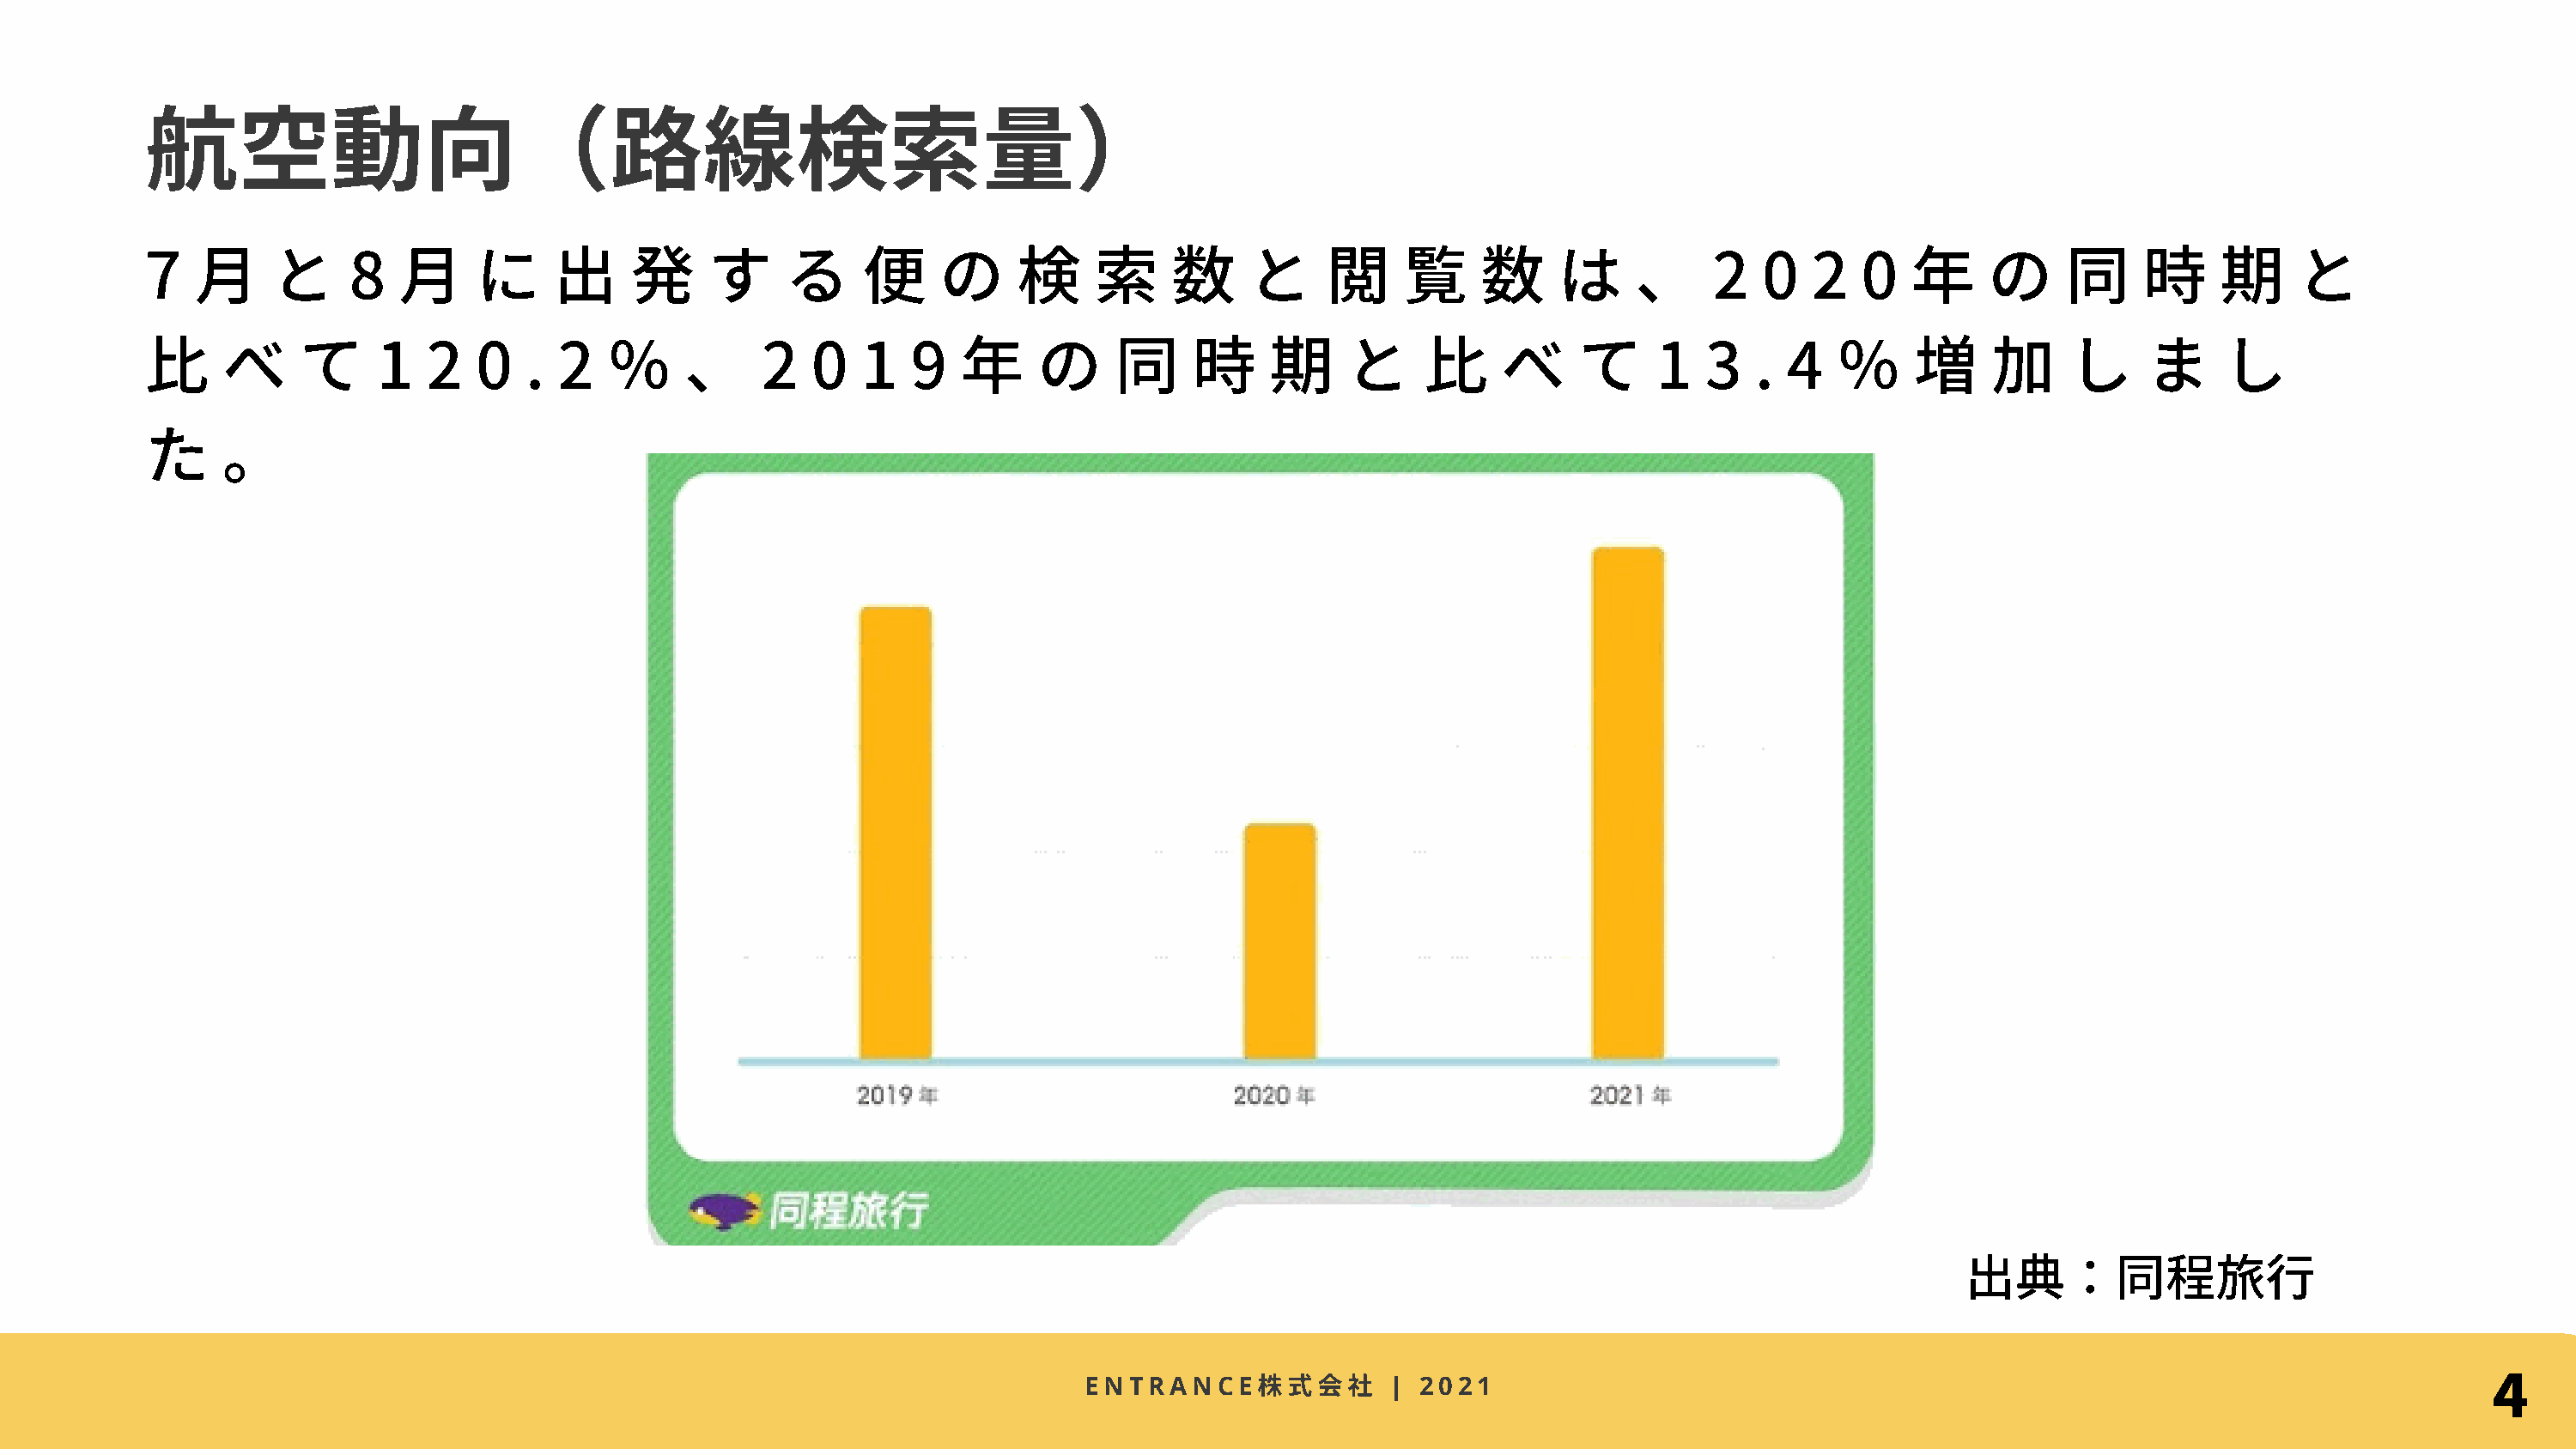
航空動向（路線検索量）
 7   ⽉     と     8   ⽉     に     出     発     す     る    便     の     検     索     数     と     閲     覧     数     は     、     2   0   2   0  年     の     同     時     期     と
 ⽐     べ     て     1   2   0   . 2   ％     、     2   0  1   9   年     の     同     時     期     と     ⽐     べ     て     1  3   .  4   ％     増     加    し     ま     し
 た     。
 出典：同程旅⾏
 4
 株式
 ENTRANCE               | 2021